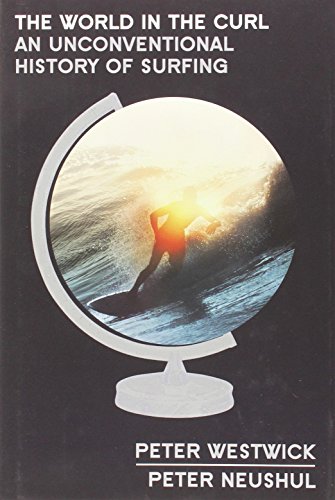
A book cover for The World in the Curl: An Unconventional History of Surfing; Peter Westwick; Sports & Outdoors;